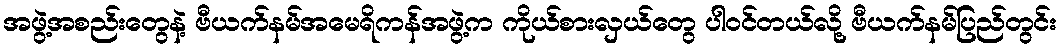
အဖွဲ့အစည်းတွေနဲ့ ဗီယက်နမ်အမေရိကန်အဖွဲ့က ကိုယ်စားလှယ်တွေ ပါဝင်တယ်လို့ ဗီယက်နမ်ပြည်တွင်း